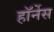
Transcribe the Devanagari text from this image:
हॉर्नेस